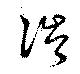
涔